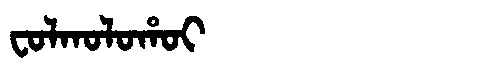
Manchu: ᠸᠣᠯᡴᠣᠯᠣᡥᠣᡳ
Romanization: FOLKOLOHOI